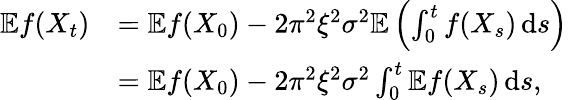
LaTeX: \begin{array}{rl}{\mathbb{E}f(X_{t})}&{=\mathbb{E}f(X_{0})-2\pi^{2}\xi^{2}\sigma^{2}\mathbb{E}\left(\int_{0}^{t}f(X_{s})\, \mathrm{d}s\right)}\\ &{=\mathbb{E}f(X_{0})-2\pi^{2}\xi^{2}\sigma^{2}\int_{0}^{t}\mathbb{E}f(X_{s})\, \mathrm{d}s,}\end{array}